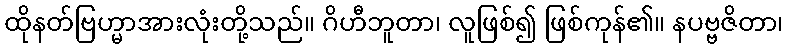
ထိုနတ်ဗြဟ္မာအားလုံးတို့သည်။ ဂိဟီဘူတာ၊ လူဖြစ်၍ ဖြစ်ကုန်၏။ နပဗ္ဗဇိတာ၊